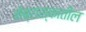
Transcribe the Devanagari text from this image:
नेब्रास्कातील